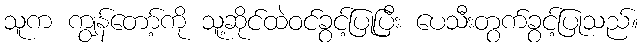
သူက ကျွန်တော့်ကို သူ့ဆိုင်ထဲဝင်ခွင့်ပြုပြီး ပေသီးတွက်ခွင့်ပြုသည်။